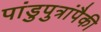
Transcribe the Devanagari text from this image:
पांडुपुत्रांपैकी